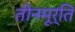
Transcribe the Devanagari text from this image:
तीनमूर्ति